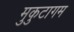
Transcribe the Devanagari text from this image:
मुकुटागम